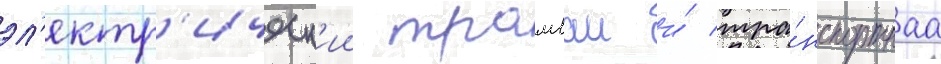
эл'ектр'ическ'ии трамваи и́ тра́нспортнаа